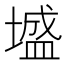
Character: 墭